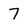
Character: 7